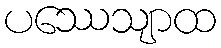
ပဿေသျာထ